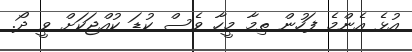
އުޅެ އެންމެ ފަހުން ތިމާ މީހާ ވެސް ކުޑަ ކުއްޖަކަށް ވީ ދޯ.